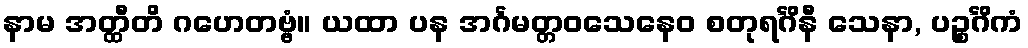
နာမ အတ္ထီတိ ဂဟေတဗ္ဗံ။ ယထာ ပန အင်္ဂမတ္တဝသေနေဝ စတုရင်္ဂိနီ သေနာ, ပဉ္စင်္ဂိကံ